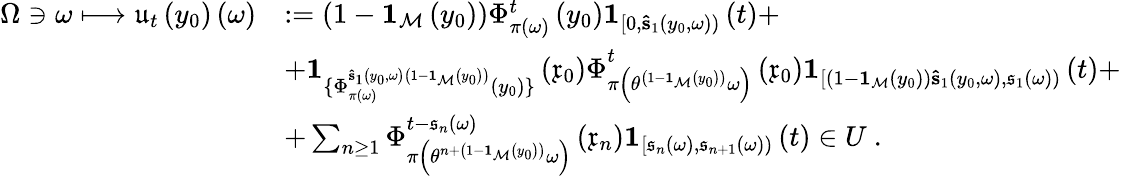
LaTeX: \begin{array}{rl}{\Omega\ni\omega\longmapsto\mathfrak{u}_{t}\left(y_{0}\right)\left(\omega\right)}&{:=\left(1-\mathbf{1}_{\mathcal{M}}\left(y_{0}\right)\right)\Phi_{\pi\left(\omega\right)}^{t}\left(y_{0}\right)\mathbf{1}_{[0,\mathbf{\hat{s}}_{1}\left(y_{0},\omega\right))}\left(t\right)+}\\ &{+\mathbf{1}_{\{ \Phi_{\pi\left(\omega\right)}^{\mathbf{\hat{s}}_{1}\left(y_{0},\omega\right)\left(1-\mathbf{1}_{\mathcal{M}}\left(y_{0}\right)\right)}\left(y_{0}\right)\} }\left(\mathfrak{x}_{0}\right)\Phi_{\pi\left(\theta^{\left(1-\mathbf{1}_{\mathcal{M}}\left(y_{0}\right)\right)}\omega\right)}^{t}\left(\mathfrak{x}_{0}\right)\mathbf{1}_{[\left(1-\mathbf{1}_{\mathcal{M}}\left(y_{0}\right)\right)\mathbf{\hat{s}}_{1}\left(y_{0},\omega\right),\mathfrak{s}_{1}\left(\omega\right))}\left(t\right)+}\\ &{+\sum_{n\geq 1}\Phi_{\pi\left(\theta^{n+\left(1-\mathbf{1}_{\mathcal{M}}\left(y_{0}\right)\right)}\omega\right)}^{t-\mathfrak{s}_{n}\left(\omega\right)}\left(\mathfrak{x}_{n}\right)\mathbf{1}_{[\mathfrak{s}_{n}\left(\omega\right),\mathfrak{s}_{n+1}\left(\omega\right))}\left(t\right)\in U\ .}\end{array}